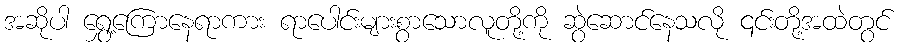
အဆိုပါ ရွှေ့ကြောနေရာကား ရာပေါင်းများစွာသောလူတို့ကို ဆွဲဆောင်နေသလို ၎င်းတို့အထဲတွင်